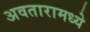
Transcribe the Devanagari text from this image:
अवतारामध्ये